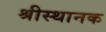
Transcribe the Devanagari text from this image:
श्रीस्थानक